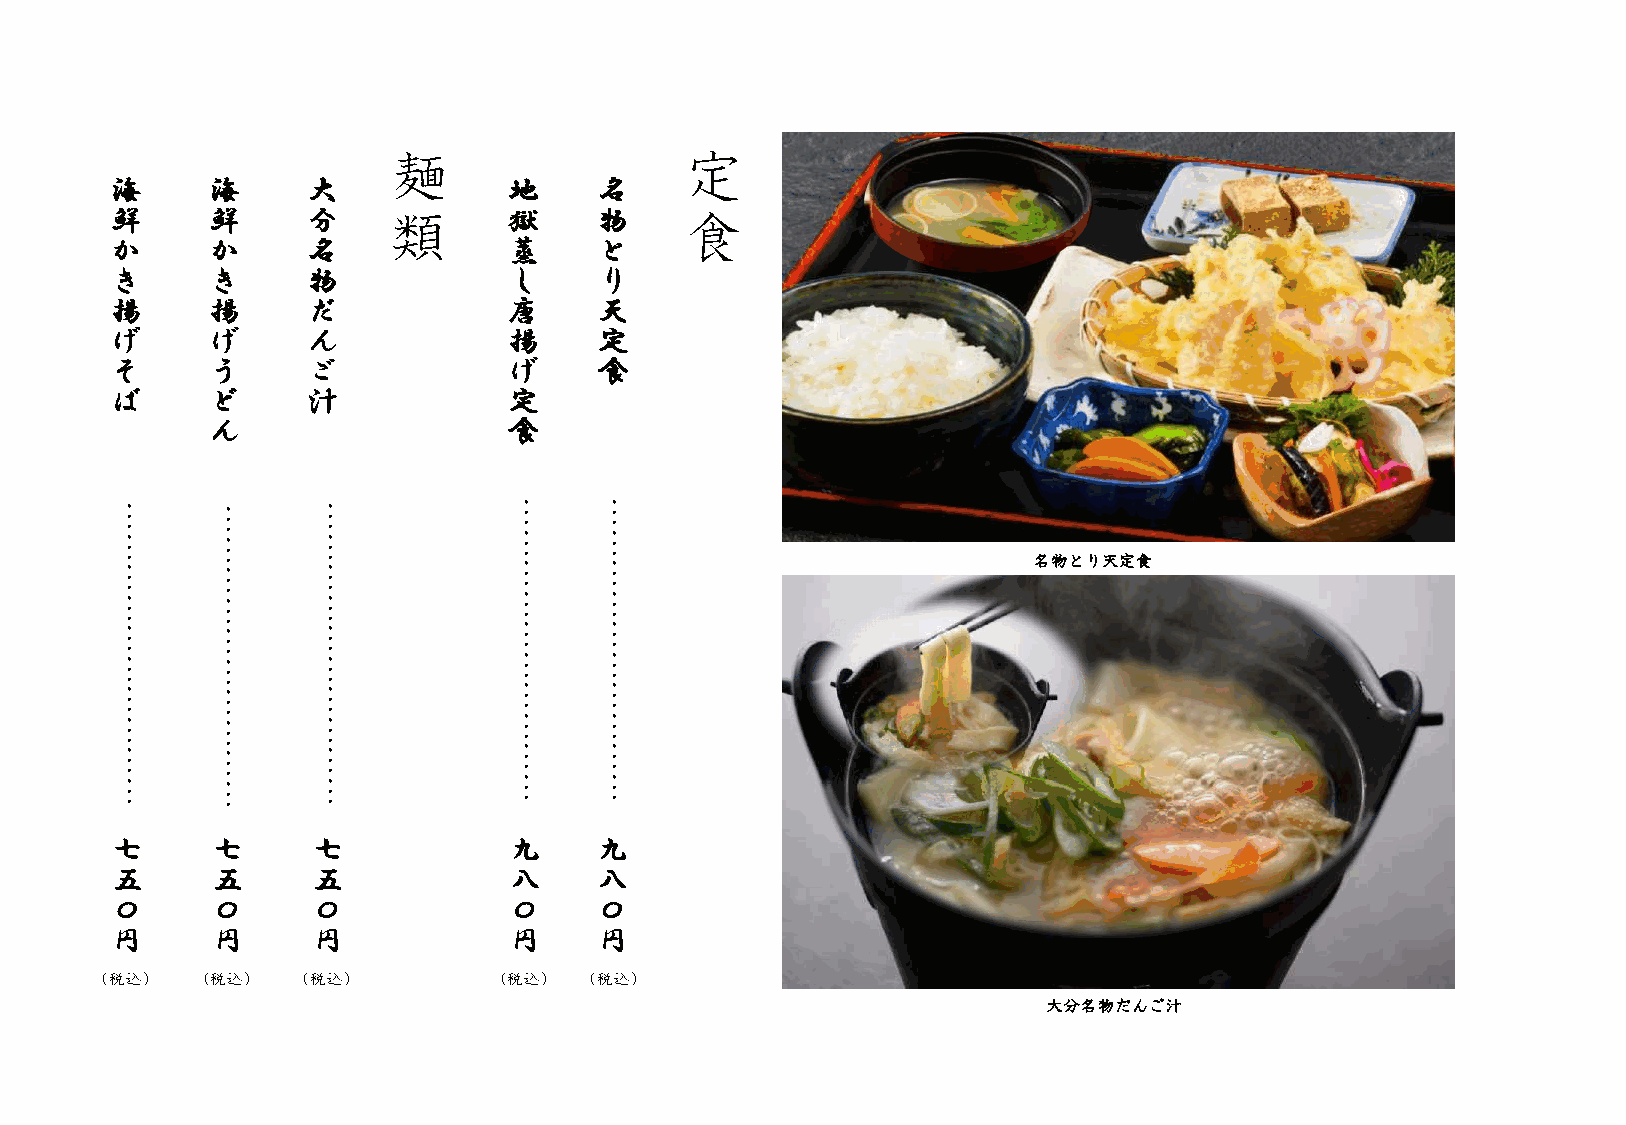
麺                  定
 海      海     大             地     名
 鮮      鮮     分     類       獄     物    食
 か      か     名             蒸     と
 き      き     物             し     り
 揚      揚     だ             唐     天
 げ      げ     ん             揚     定
 そ      う     ご             げ     食
 ば      ど     汁             定
 ん                   食
 …     …      …            …     …
 …     …      …            …     …
 …     …      …            …     …                           名物とり天定食
 …     …      …            …     …
 …     …      …            …     …
 …     …      …            …     …
 …     …      …            …     …
 …     …      …            …     …
 …     …      …            …     …
 …     …      …            …     …
 七      七      七            九     九
 五      五      五            八     八
 〇      〇      〇            〇     〇
 円      円      円            円     円
 (税込）  (税込）   (税込）         (税込）  (税込）
 大分名物だんご汁